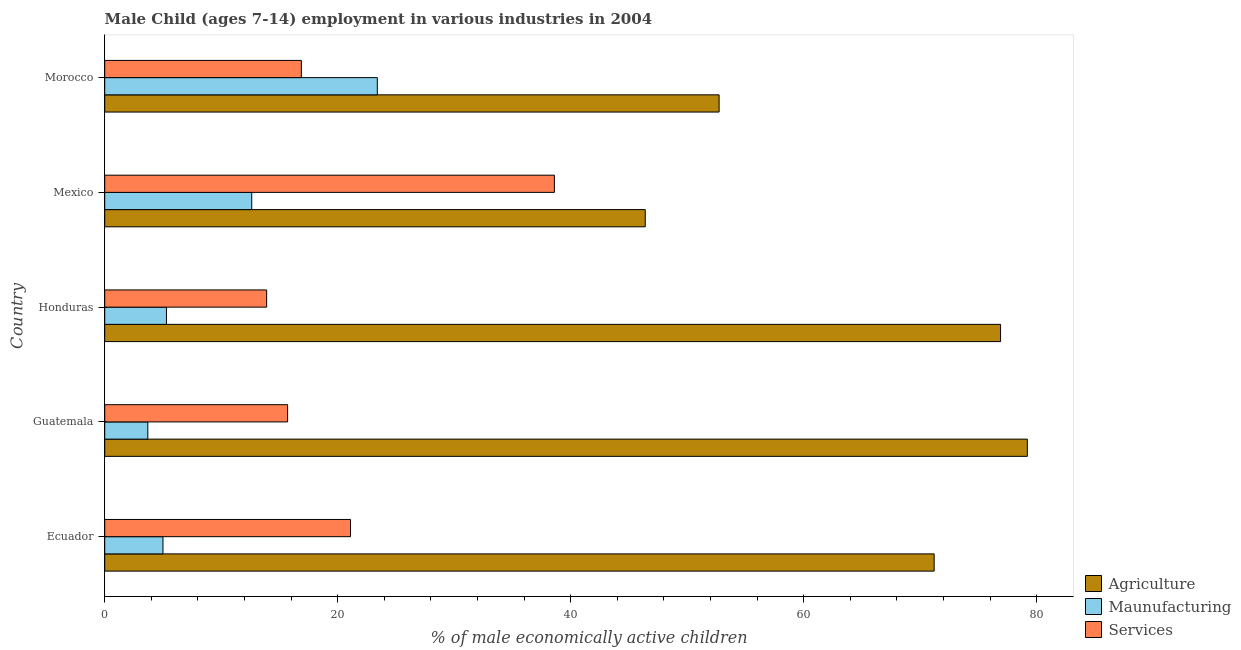
| Country | Agriculture | Maunufacturing | Services |
 | --- | --- | --- | --- |
 | Ecuador | 71.2 | 5 | 21.1 |
 | Guatemala | 79.2 | 3.7 | 15.7 |
 | Honduras | 76.9 | 5.3 | 13.9 |
 | Mexico | 46.4 | 12.6 | 38.6 |
 | Morocco | 52.7 | 23.4 | 16.9 |